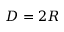
D = 2 R